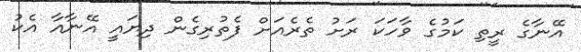
އޭނާގެ ރީތި ކަމުގެ ވާހަކަ ރަށު ތެރެއަށް ފެތުރިގެން ދިޔައީ އޭނާއާ އެކު